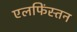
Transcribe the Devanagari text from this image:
एलफिंस्तन